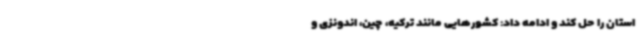
استان را حل کند و ادامه داد: کشورهایی مانند ترکیه، چین، اندونزی و